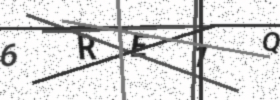
Text: 6RE1Q